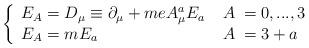
LaTeX: \begin{align*}\left\{\begin{array}{lrl}E_A=D_\mu \equiv \partial _\mu +m e A_\mu ^a E_a \; &A\!\!&=0,...,3 \\ E_A=m E_a\quad &A\!\!&=3+a \end{array} \right.\end{align*}